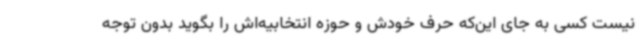
نیست کسی به جای این‌که حرف خودش و حوزه انتخابیه‌اش را بگوید بدون توجه